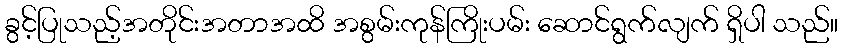
ခွင့်ပြုသည့်အတိုင်းအတာအထိ အစွမ်းကုန်ကြိုးပမ်း ဆောင်ရွက်လျက် ရှိပါ သည်။